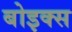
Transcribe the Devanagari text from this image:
बोइक्स